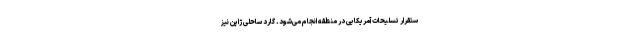
ستقرار تسلیحات آمریکایی در منطقه انجام می‌شود. گارد ساحلی ژاپن نیز